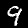
Label: 9